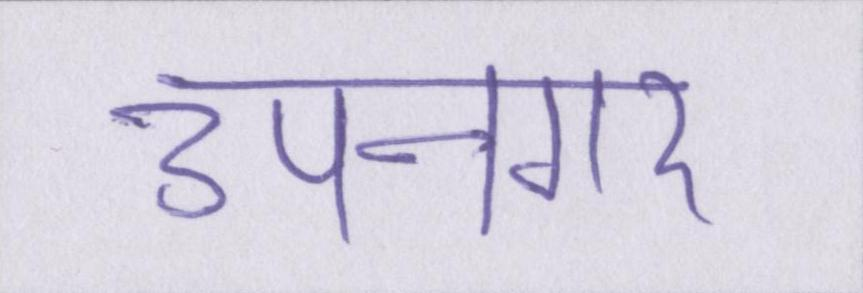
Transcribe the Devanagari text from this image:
उपनगर